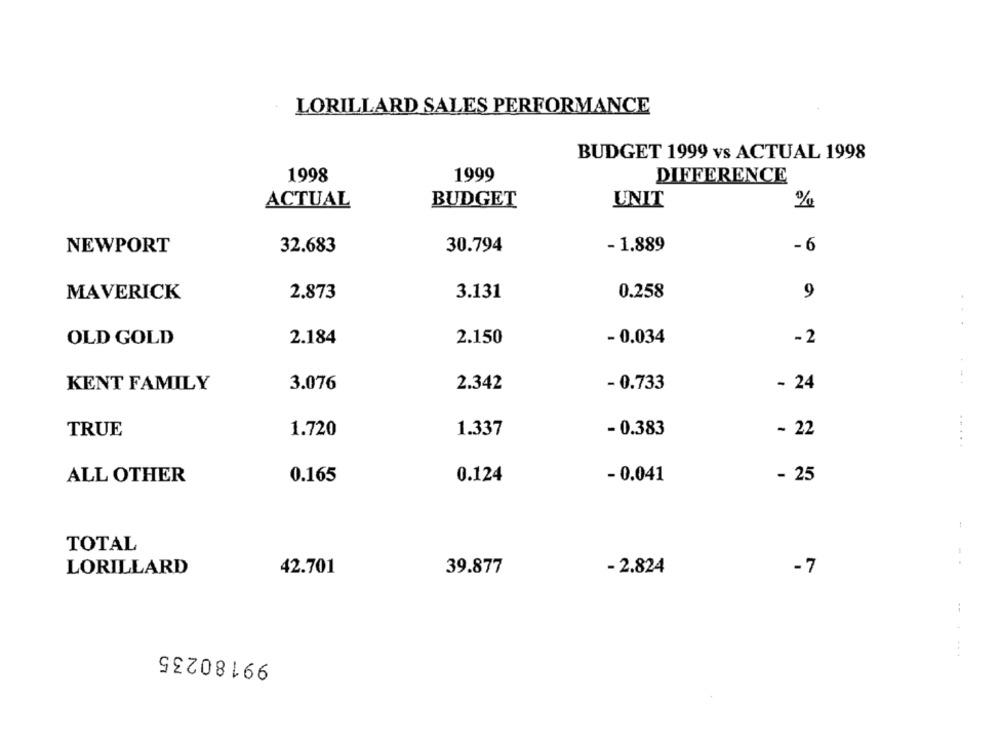
LORILLARD SALES PERFORMANCE
BUDGET 1999 vs ACTUAL 1998
1998
1999
DIFFERENCE
ACTUAL
BUDGET
UNIT
%
NEWPORT
32.683
30.794
- 1.889
-6
MAVERICK
2.873
3.131
0.258
9
OLD GOLD
2.184
2.150
- 0.034
-2
KENT FAMILY
- 0.733
3.076
2.342
- 24
TRUE
1.720
1.337
- 0.383
- 22
.....
ALL OTHER
0.165
0.124
- 0.041
- 25
TOTAL
LORILLARD
42.701
39.877
- 2.824
-7
99180235